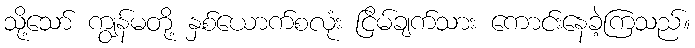
သို့သော် ကျွန်မတို့ နှစ်ယောက်စလုံး ငြိမ်ချက်သား ကောင်းနေခဲ့ကြသည်။